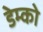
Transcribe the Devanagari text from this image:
डेम्को